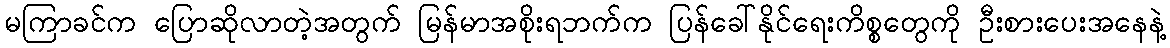
မကြာခင်က ပြောဆိုလာတဲ့အတွက် မြန်မာအစိုးရဘက်က ပြန်ခေါ်နိုင်ရေးကိစ္စတွေကို ဦးစားပေးအနေနဲ့